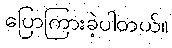
ပြောကြားခဲ့ပါတယ်။